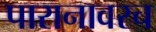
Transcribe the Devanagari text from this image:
पारानावरच